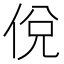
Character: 侻